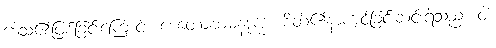
ဒေါသ၏ဖြစ်ခြင်းကြောင့်။ စေတောဗာဓနဒုက္ခံ၊ စိတ်၏နာကျင်ခြင်းဆင်းရဲသည်။ ဝါ၊